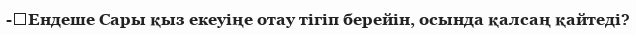
-	Ендеше Сары қыз екеуіңе отау тігіп берейін, осында қалсаң қайтеді?